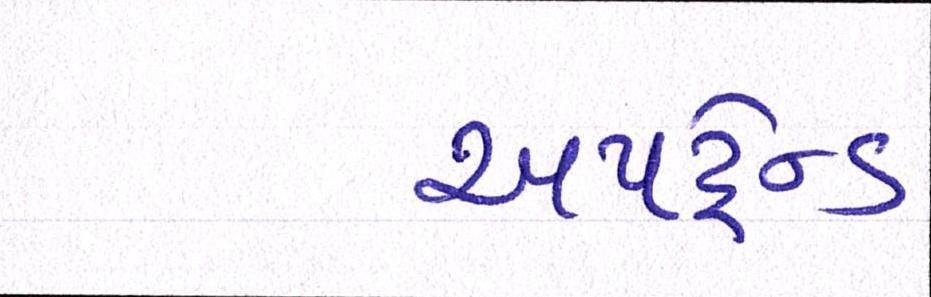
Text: અપટ્રેન્ડ